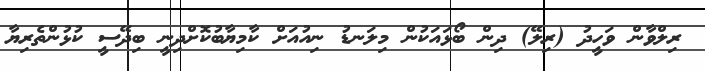
ރިލްވާން ވަހީދު (ރިލޭ) ދިން ބޯޅައަކުން މިލަނޑު ނިއުއަށް ކާމިޔާބުކޮށްދިނީ ބިދޭސީ ކުޅުންތެރިޔާ